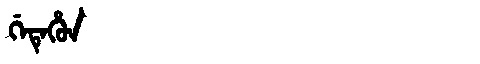
Manchu: ᡤᡝᡨᡝᡥᡠᠨ
Romanization: GETEHUN